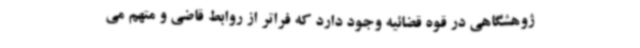
ژوهشگاهی در قوه قضائیه وجود دارد که فراتر از روابط قاضی و متهم می